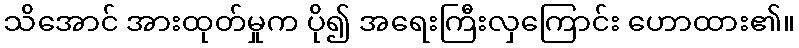
သိအောင် အားထုတ်မှုက ပို၍ အရေးကြီးလှကြောင်း ဟောထား၏။